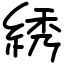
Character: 綉